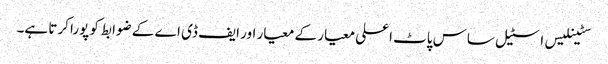
سٹینلیس اسٹیل ساس پاٹ اعلی معیار کے معیار اور ایف ڈی اے کے ضوابط کو پورا کرتا ہے۔